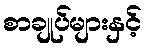
စာချုပ်များနှင့်